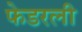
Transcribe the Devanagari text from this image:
फेडरली